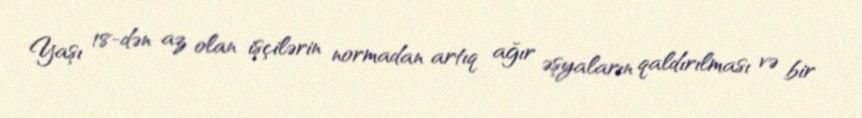
Yaşı 18-dən az olan işçilərin normadan artıq ağır əşyaların qaldırılması və bir